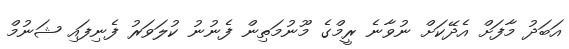
އަބަދު މާފަށް އެދޭކަށް ނުވާނެ ރީމްގެ މޫނުމަތިން ފެނުނު ކުލަވަރު ފެނިފައި ޝަނުމް